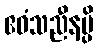
ဧဝံသညီနမ္ပိ